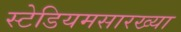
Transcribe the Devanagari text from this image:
स्टेडियमसारख्या